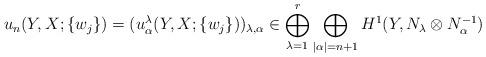
LaTeX: \begin{align*}u_n(Y, X; \{w_j\})=(u^\lambda_\alpha(Y, X; \{w_j\}))_{\lambda, \alpha}\in \bigoplus_{\lambda=1}^r\bigoplus_{|\alpha|=n+1}H^1(Y, N_\lambda\otimes N_\alpha^{-1}) \end{align*}